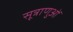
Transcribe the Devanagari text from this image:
सूत्राणुओं